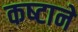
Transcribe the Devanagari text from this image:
कष्‍टाने